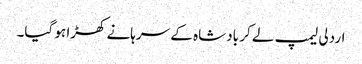
اردلی لیمپ لے کر بادشاہ کے سرہانے کھڑا ہو گیا۔